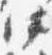
中